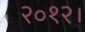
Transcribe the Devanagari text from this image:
२०१२।